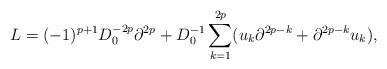
LaTeX: \begin{align*}L=(-1)^{p+1}D_0^{-2p}\partial^{2p}+D_0^{-1}\sum_{k=1}^{2p}(u_k\partial^{2p-k}+\partial^{2p-k}u_k),\end{align*}